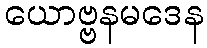
ယောဗ္ဗနမဒေန